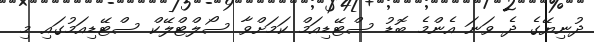
ދުނިޔޭގެ ދެ ވަނަ އެންމެ ބޮޑު ސްޓޭޑިއަމް ކަމަށްވާ ސޯލްޓްލޭކް ސްޓޭޑިއަމުގައި މި